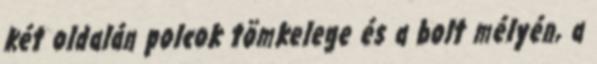
két oldalán polcok tömkelege és a bolt mélyén, a